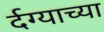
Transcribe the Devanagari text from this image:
र्दग्याच्या